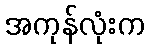
အကုန်လုံးက